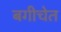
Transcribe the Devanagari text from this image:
बगीचेत